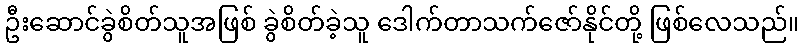
ဦးဆောင်ခွဲစိတ်သူအဖြစ် ခွဲစိတ်ခဲ့သူ ဒေါက်တာသက်ဇော်နိုင်တို့ ဖြစ်လေသည်။